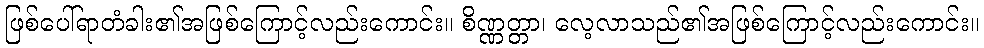
ဖြစ်ပေါ်ရာတံခါး၏အဖြစ်ကြောင့်လည်းကောင်း။ စိဏ္ဏတ္တာ၊ လေ့လာသည်၏အဖြစ်ကြောင့်လည်းကောင်း။